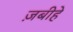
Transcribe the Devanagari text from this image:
ज़बीहे